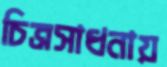
চিত্রসাধনায়